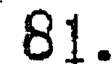
81.